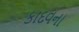
કાદવના